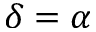
\delta = \alpha